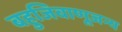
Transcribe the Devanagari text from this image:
बहुजिवाणूजन्य